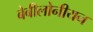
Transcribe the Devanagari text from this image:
बेबीलोनीयन